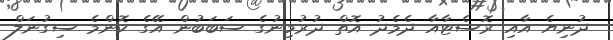
ދުނިޔެ އާއި ރޮސެޓާއާ ދެމެދު އޮތް ދުރުމިނުގެ ސަބަބުން އޭގެ ކޮންމެ ސިގުނަލް